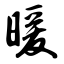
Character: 暖